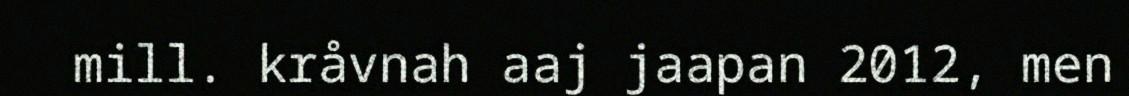
mill. kråvnah aaj jaapan 2012, men